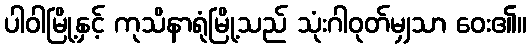
ပါဝါမြို့နှင့် ကုသိနာရုံမြို့သည် သုံးဂါဝုတ်မျှသာ ဝေး၏။